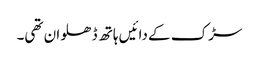
سڑک کے دائیں ہاتھ ڈھلوان تھی۔